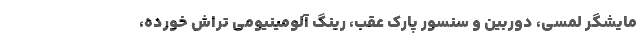
مایشگر لمسی، دوربین و سنسور پارک عقب، رینگ آلومینیومی تراش خورده،